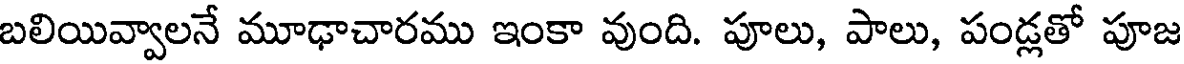
బలియివ్వాలనే మూఢాచారము ఇంకా వుంది. పూలు, పాలు, పండ్లతో పూజ